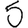
Digit: 5